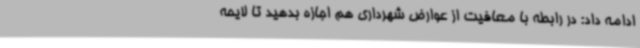
ادامه داد: در رابطه با معافیت از عوارض شهرداری هم اجازه بدهید تا لایحه